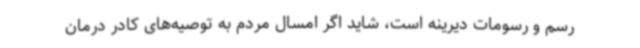
رسم و رسومات دیرینه است، شاید اگر امسال مردم به توصیه‌های کادر درمان